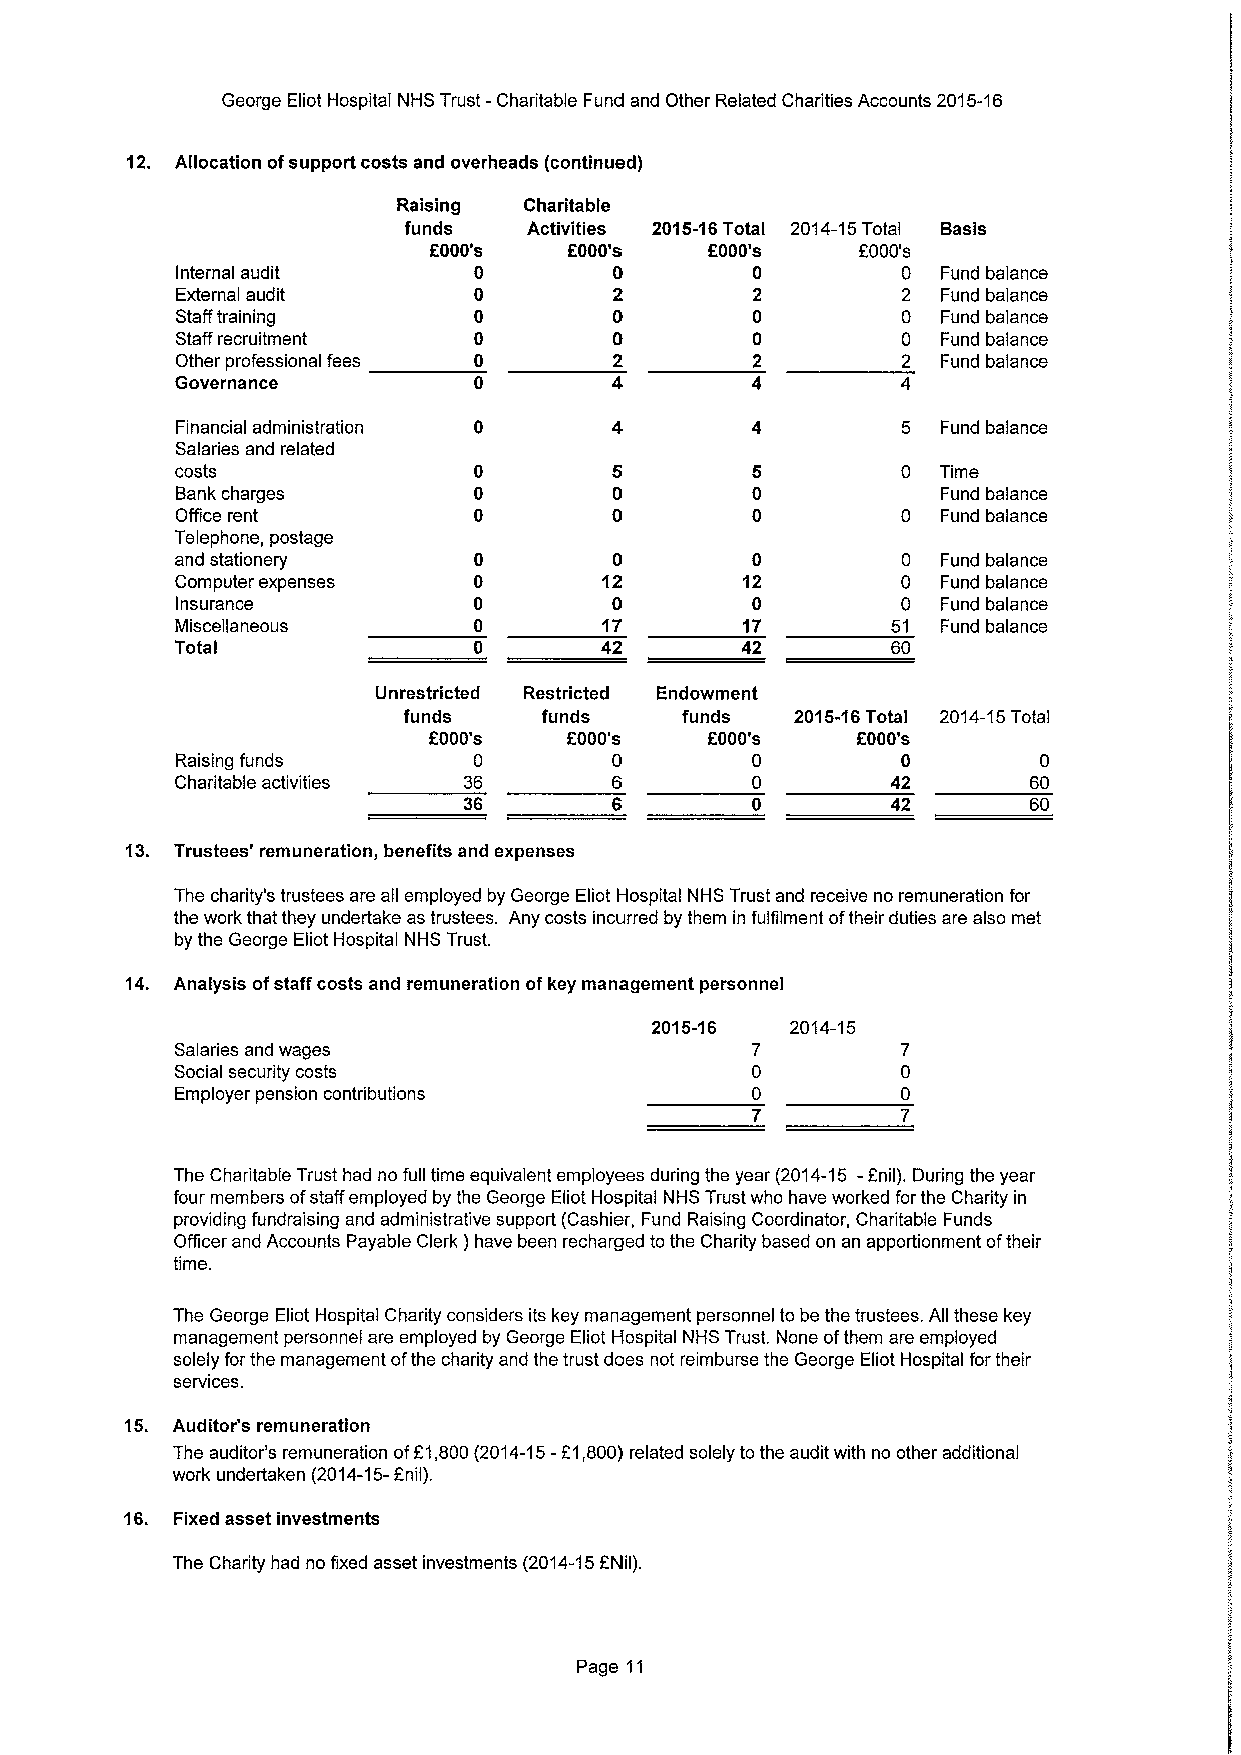
George Eliot Hospital NHS Trust -Charitable Fund and Other Related Charities Accounts 2015-16
 12. Allocation ofsupport costs and overheads (continued)
 Raising  Charitable
 funds   Activities 2015-16Total 2014-15Total Basis
 E000's    F000's   F000's    F000's
 Internal audit     0         0        0         0 Fund balance
 External audit     0         2        2         2 Fund balance
 Stafftraining      0         0        0         0 Fund balance
 Staff recruitment  0         0        0         0 Fund balance
 Other professional fees 0    2        2         2 Fund balance
 Governance
 Financial administration 0   4        4         5 Fund balance
 Salaries and related
 costs                                           0 Time
 Bank charges                                      Fund balance
 Office rent                                     0 Fund balance
 Telephone, postage
 and stationery               0        0         0 Fund balance
 Computer expenses           12       12         0 Fund balance
 Insurance                    0        0         0 Fund balance
 Miscellaneous               17       17        51 Fund balance
 Total                       42       42        60
 Unrestricted Restricted Endowment
 funds    funds    funds   2015-16Total 2014-15Total
 F000's    F000's   E000's    f000's
 Raising funds      0         0        0         0        0
 Charitable activities 36    6         0        42       60
 36                          42       60
 13. Trustees' remuneration, benefits and expenses
 The charity's trustees are all employed by George Eliot Hospital NHS Trust and receive no remuneration for
 the work that they undertake as trustees. Any costs incurred by them in fulfilment oftheir duties are also met
 by the George Eliot Hospital NHS Trust.
 14. Analysis ofstaff costs and remuneration ofkey management personnel
 2015-16  2014-15
 Salaries and wages
 Social security costs
 Employer pension contributions
 The Charitable Trust had no full time equivalent employees during the year (2014-15 - anil). During the year
 four members ofstaff employed by the George Eliot Hospital NHS Trust who have worked for the Charity in
 providing fundraising and administrative support (Cashier, Fund Raising Coordinator, Charitable Funds
 Officer and Accounts Payable Clerk )have been recharged to the Charity based on an apportionment oftheir
 time.
 The George Eliot Hospital Charity considers its key management personnel to be the trustees. All these key
 management personnel are employed by George Eliot Hospital NHS Trust. None ofthem are employed
 solely for the management ofthe charity and the trust does not reimburse the George Eliot Hospital for their
 services.
 15. Auditor's remuneration
 The auditor's remuneration ofE1,800(2014-15-E1,800)related solely tothe audit with no other additional
 work undertaken (2014-15-anil).
 16. Fixed asset investments
 The Charity had no fixed asset investments (2014-15FNil).
 Page 11